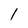
Character: l